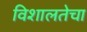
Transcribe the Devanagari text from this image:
विशालतेचा